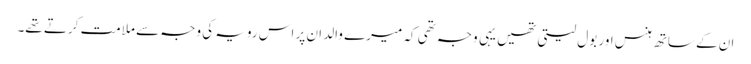
ان کے ساتھ ہنس اور بول لیتی تھیں یہی وجہ تھی کہ میرے والد ان پر اس رویہ کی وجہ سے ملامت کرتے تھے۔